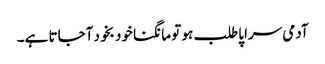
آدمی سراپا طلب ہو تو مانگنا خود بخود آجاتا ہے۔